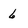
Character: 6